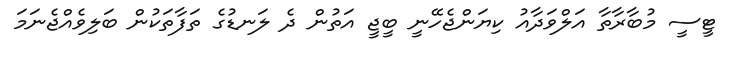
ޓީސީ މުބާރާތާ އަލްވަދާއު ކިޔަންޖެހޭނީ ބީޖީ އަތުން ދެ ލަނޑުގެ ތަފާތަކުން ބަލިވެއްޖެނަމަ